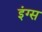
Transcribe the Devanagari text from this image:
इंग्स